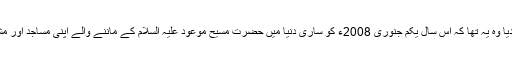
23؍مارچ 2008ء کو یوم مسیح موعود پر انہوں نے لجنہ کو جو پیغام دیا وہ یہ تھا کہ اس سال یکم جنوری 2008ء کو ساری دنیا میں حضرت مسیح موعود علیہ السلام کے ماننے والے اپنی مساجد اور مشن ہاؤسز میں اکٹھے ہوئے اور شکرانے کے طور پر نماز تہجد ادا کی۔